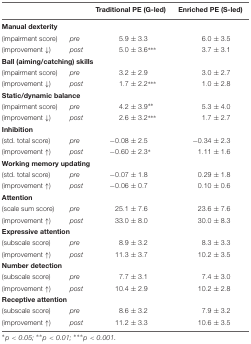
<table><thead><tr><td></td><td></td><td><b>Traditional PE (G-led)</b></td><td><b>Enriched PE (S-led)</b></td></tr></thead><tbody><tr><td colspan="4"><b>Manual dexterity</b></td></tr><tr><td>(impairment score)</td><td><i>pre</i></td><td>5.9 ± 3.3</td><td>6.0 ± 3.5</td></tr><tr><td>(improvement ↓)</td><td><i>post</i></td><td>5.0 ± 3.6 ˆ***</td><td>3.7 ± 3.1</td></tr><tr><td colspan="4"><b>Ball (aiming/catching) skills</b></td></tr><tr><td>(impairment score)</td><td><i>pre</i></td><td>3.2 ± 2.9</td><td>3.0 ± 2.7</td></tr><tr><td>(improvement ↓)</td><td><i>post</i></td><td>1.7 ± 2.2ˆ***</td><td>1.0 ± 2.8</td></tr><tr><td colspan="4"><b>Static/dynamic balance</b></td></tr><tr><td>(impairment score)</td><td><i>pre</i></td><td>4.2 ± 3.9ˆ**</td><td>5.3 ± 4.0</td></tr><tr><td>(improvement ↓)</td><td><i>post</i></td><td>2.6 ± 3.2ˆ***</td><td>1.7 ± 2.7</td></tr><tr><td colspan="4"><b>Inhibition</b></td></tr><tr><td>(std. total score)</td><td><i>pre</i></td><td>-0.08 ± 2.5</td><td>-0.34 ± 2.3</td></tr><tr><td>(improvement ↑)</td><td><i>post</i></td><td>-0.60 ± 2.3ˆ*</td><td>1.11 ± 1.6</td></tr><tr><td colspan="4"><b>Working memory updating</b></td></tr><tr><td>(std. total score)</td><td><i>pre</i></td><td>-0.07 ± 1.8</td><td>0.29 ± 1.8</td></tr><tr><td>(improvement ↑)</td><td><i>post</i></td><td>-0.06 ± 0.7</td><td>0.10 ± 0.6</td></tr><tr><td colspan="4"><b>Attention</b></td></tr><tr><td>(scale sum score)</td><td><i>pre</i></td><td>25.1 ± 7.6</td><td>23.6 ± 7.6</td></tr><tr><td>(improvement ↑)</td><td><i>post</i></td><td>33.0 ± 8.0</td><td>30.0 ± 8.3</td></tr><tr><td colspan="4"><b>Expressive attention</b></td></tr><tr><td>(subscale score)</td><td><i>pre</i></td><td>8.9 ± 3.2</td><td>8.3 ± 3.3</td></tr><tr><td>(improvement ↑)</td><td><i>post</i></td><td>11.3 ± 3.7</td><td>10.2 ± 3.5</td></tr><tr><td colspan="4"><b>Number detection</b></td></tr><tr><td>(subscale score)</td><td><i>pre</i></td><td>7.7 ± 3.1</td><td>7.4 ± 3.0</td></tr><tr><td>(improvement ↑)</td><td><i>post</i></td><td>10.4 ± 2.9</td><td>10.2 ± 2.8</td></tr><tr><td colspan="4"><b>Receptive attention</b></td></tr><tr><td>(subscale score)</td><td><i>pre</i></td><td>8.6 ± 3.2</td><td>7.9 ± 3.2</td></tr><tr><td>(improvement ↑)</td><td><i>post</i></td><td>11.2 ± 3.3</td><td>10.6 ± 3.5</td></tr></tbody></table>